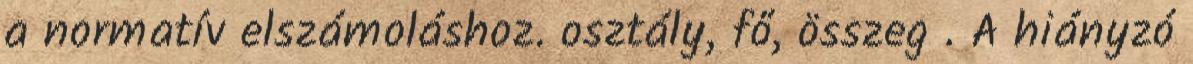
a normatív elszámoláshoz. osztály, fő, összeg . A hiányzó